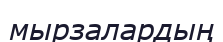
мырзалардың